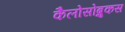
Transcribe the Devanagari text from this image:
कैलोसोब्रुकस